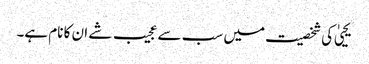
یحییٰ کی شخصیت میں سب سے عجیب شے ان کا نام ہے۔